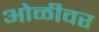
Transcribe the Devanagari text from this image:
ओळीवर